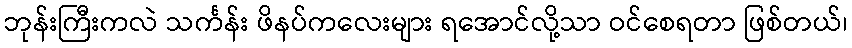
ဘုန်းကြီးကလဲ သင်္ကန်း ဖိနပ်ကလေးများ ရအောင်လို့သာ ဝင်စေရတာ ဖြစ်တယ်၊